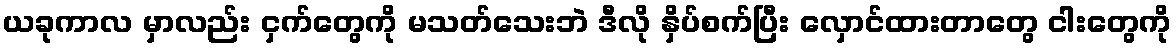
ယခုကာလ မှာလည်း ငှက်တွေကို မသတ်သေးဘဲ ဒီလို နှိပ်စက်ပြီး လှောင်ထားတာတွေ ငါးတွေကို